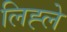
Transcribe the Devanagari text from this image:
लिह्ले